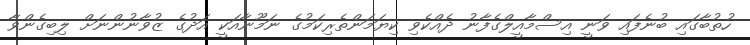
ހުތުބާގައި ބުނެފައި ވަނީ އިސްމާއީލްގެފާނު ދެއްކެވި ކިޔަމަންތެރިކަމުގެ ނަމޫނާއަކީ އަދުގެ ޒުވާނުންނަށް ލިބިގެންވާ